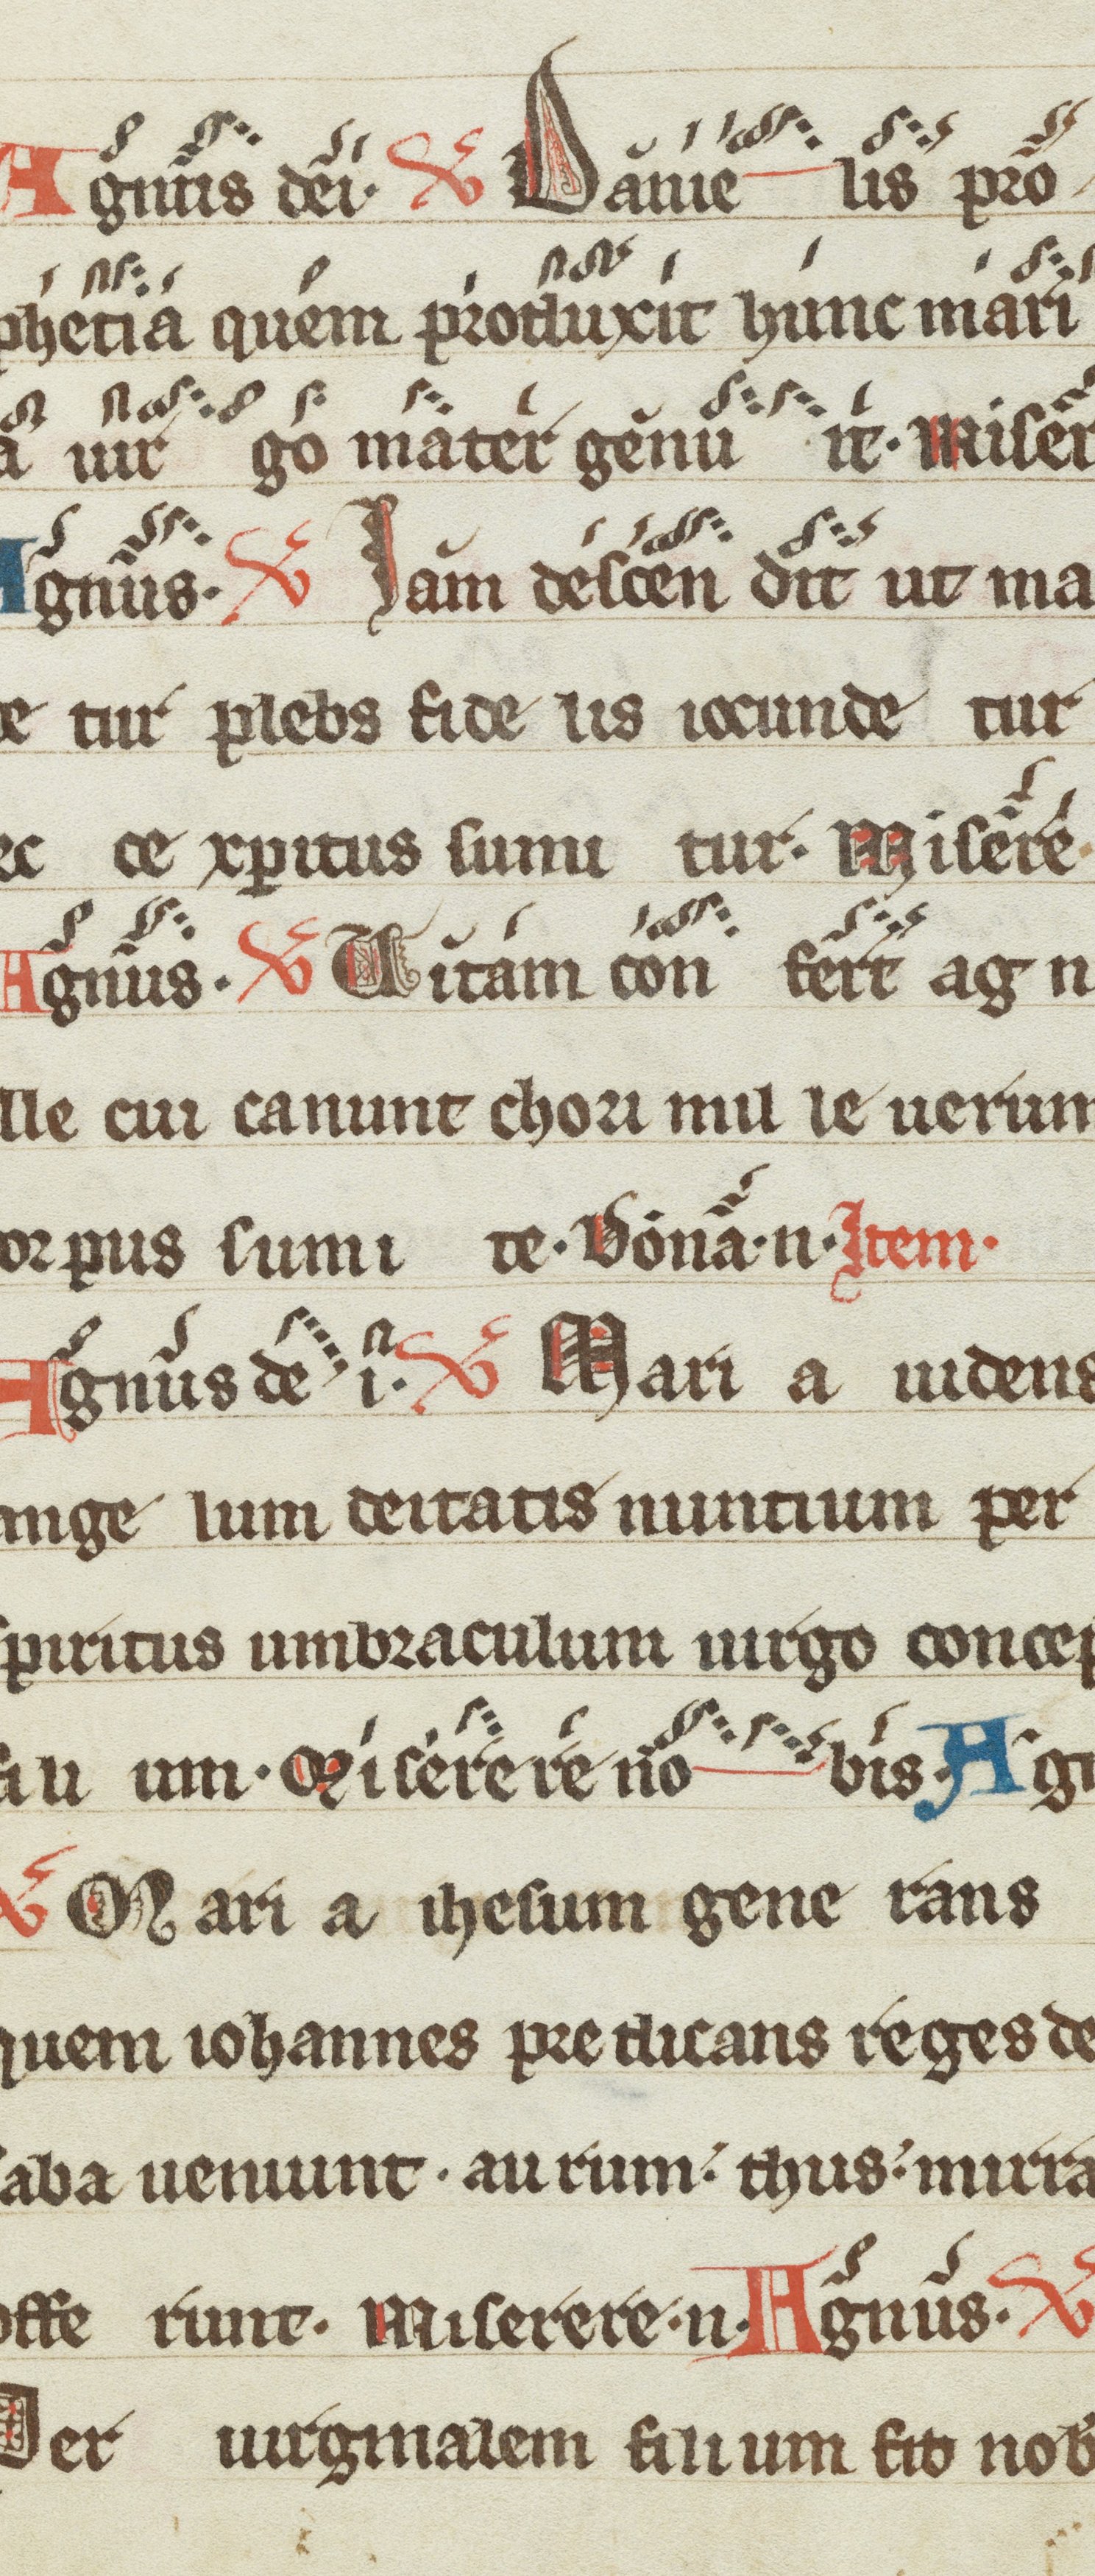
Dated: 1200–1299